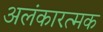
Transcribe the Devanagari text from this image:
अलंकारत्मक